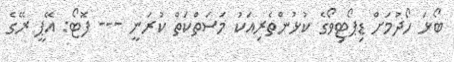
ބޯޅަ ހޯދުމަށް ޑިޕޯޓިވޯގެ ކުޅުންތެރިއަކު މަސަތްކަތް ކުރަނީ --- ފޮޓޯ: އޭޕީ ރޭގެ